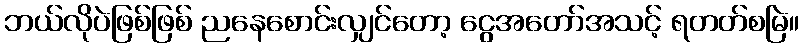
ဘယ်လိုပဲဖြစ်ဖြစ် ညနေစောင်းလျှင်တော့ ငွေအတော်အသင့် ရတတ်စမြဲ။